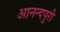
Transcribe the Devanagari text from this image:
आनन्दपुरी